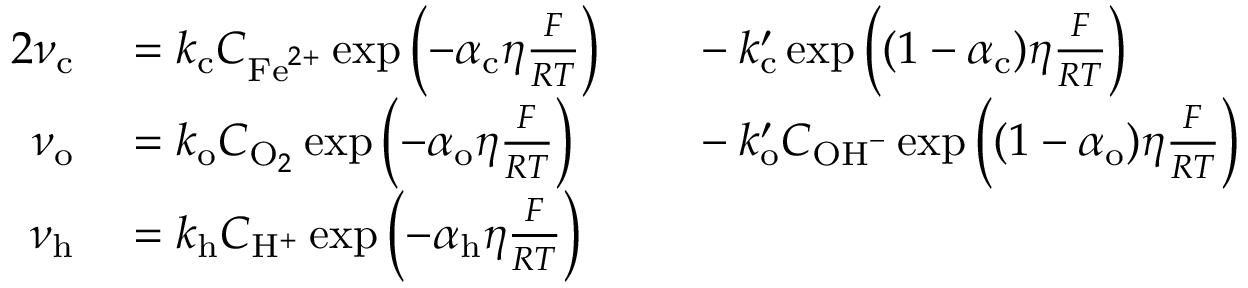
\begin{array} { r l r l } { { 2 } \nu _ { \mathrm { c } } } & { { } = k _ { \mathrm { c } } C _ { \mathrm { F e } ^ { 2 + } } \exp \left( - \alpha _ { \mathrm { c } } \eta \frac { F } { R T } \right) } & { } & { { } - k _ { \mathrm { c } } ^ { \prime } \exp \left( ( 1 - \alpha _ { \mathrm { c } } ) \eta \frac { F } { R T } \right) } \\ { \nu _ { \mathrm { o } } } & { { } = k _ { \mathrm { o } } C _ { \mathrm { O } _ { 2 } } \exp \left( - \alpha _ { \mathrm { o } } \eta \frac { F } { R T } \right) } & { } & { { } - k _ { \mathrm { o } } ^ { \prime } C _ { \mathrm { O H } ^ { - } } \exp \left( ( 1 - \alpha _ { \mathrm { o } } ) \eta \frac { F } { R T } \right) } \\ { \nu _ { \mathrm { h } } } & { { } = k _ { \mathrm { h } } C _ { \mathrm { H } ^ { + } } \exp \left( - \alpha _ { \mathrm { h } } \eta \frac { F } { R T } \right) } & { } & { { } } \end{array}